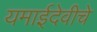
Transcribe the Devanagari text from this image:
यमाईदेवीचे